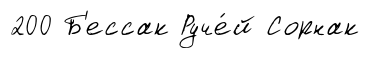
200 Б'ессак Руче́й Сорнак